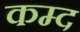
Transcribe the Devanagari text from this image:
कम्द